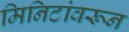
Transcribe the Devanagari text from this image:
मिनिटांवरून